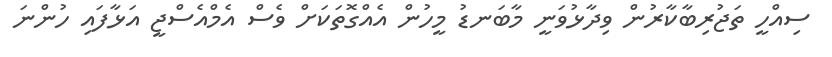
ސިއްހީ ތަޖުރިބާކާރުން ވިދާޅުވަނީ މާބަނޑު މީހުން އެއްގޮތަކަށް ވެސް އެމްއެސްޖީ އަޅާފައި ހުންނަ